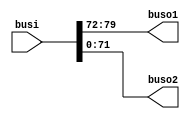
module bussplit2(
input  [79:0] busi,
output [7:0] buso1,
output [71:0] buso2

);
assign buso1=busi[79:72];
assign buso2=busi[71:0];
endmodule